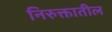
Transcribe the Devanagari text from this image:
निरुक्तातील